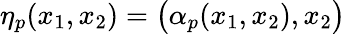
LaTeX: \eta_{p}(x_{1},x_{2})=\big(\alpha_{p}(x_{1},x_{2}),x_{2}\big)